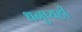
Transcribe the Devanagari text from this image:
धनुष्यही